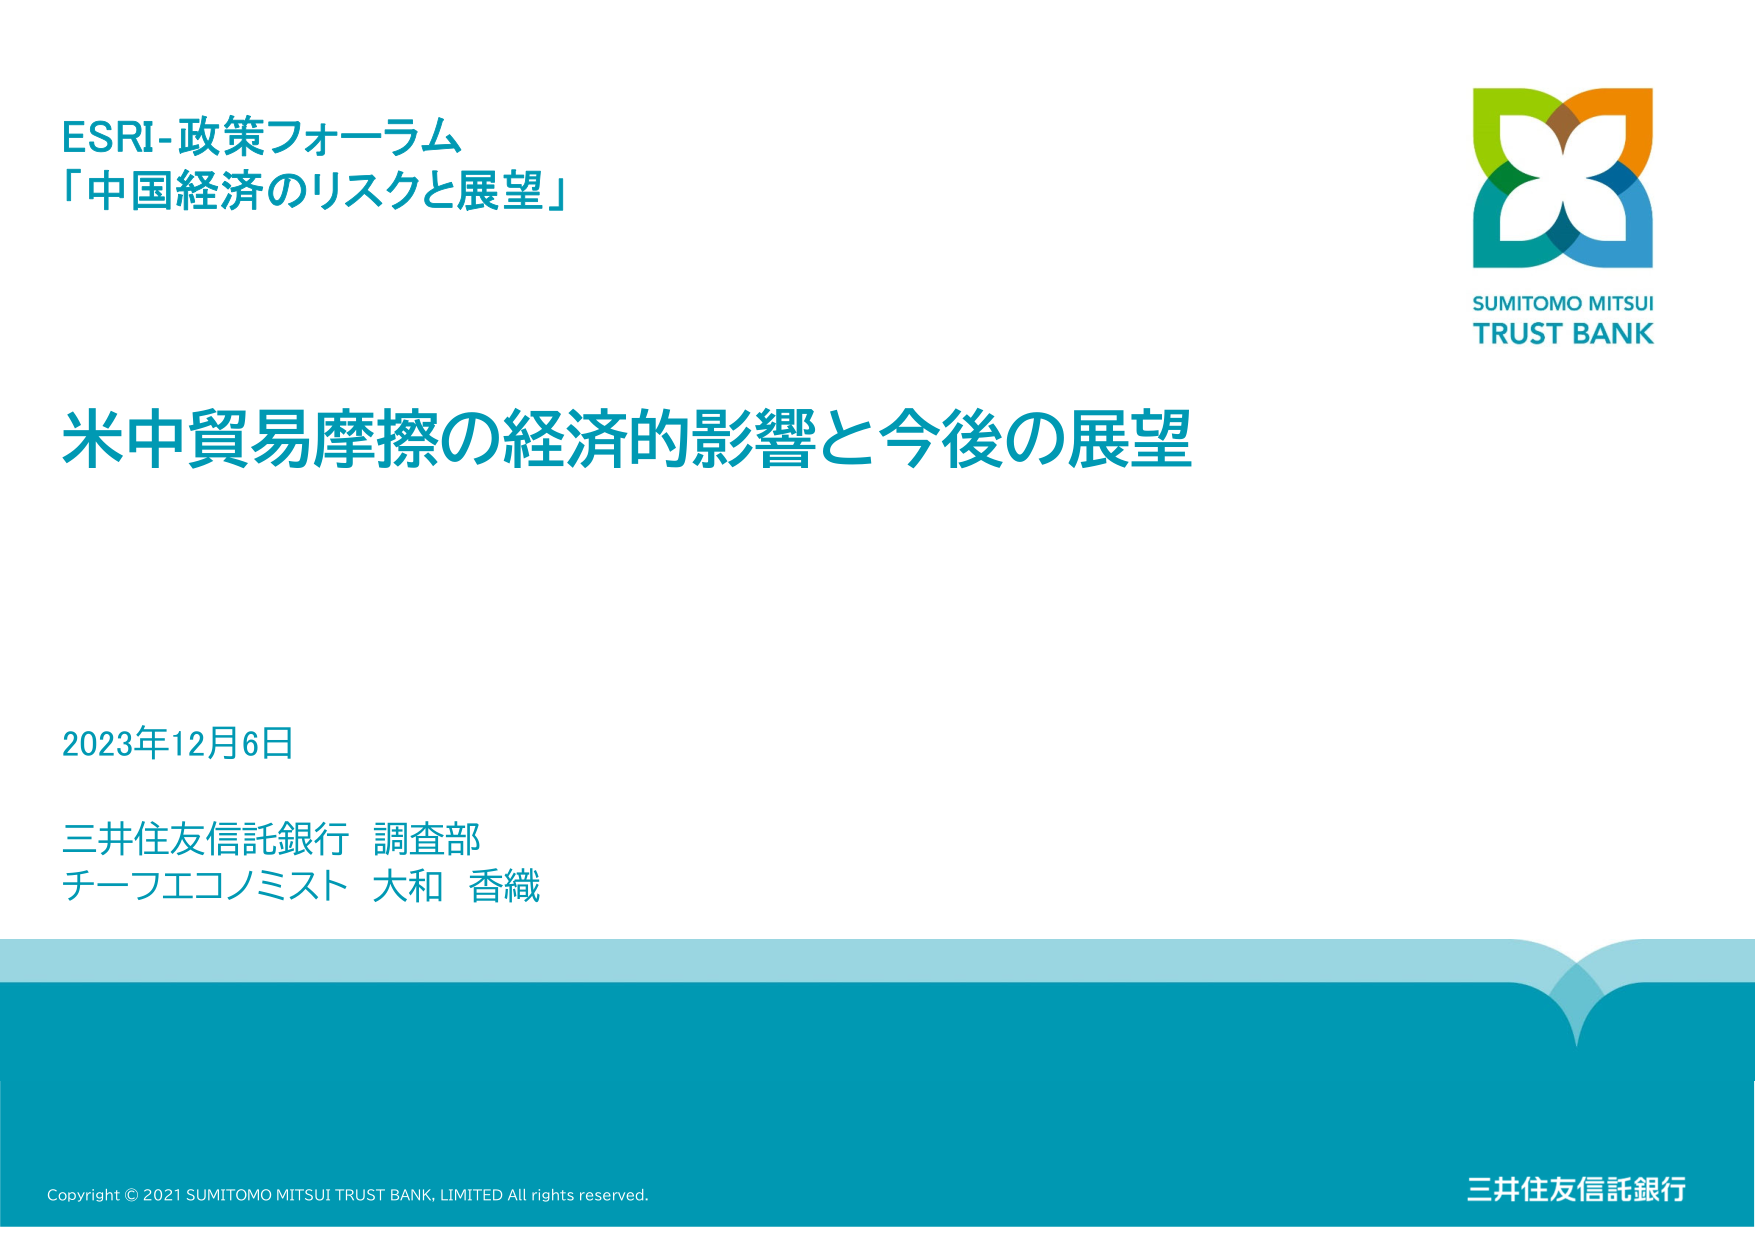
ESRI-政策フォーラム
「中国経済のリスクと展望」

米中貿易摩擦の経済的影響と今後の展望

2023年12月6日

三井住友信託銀行 調査部
チーフエコノミスト 大和 香織

SUMITOMO MITSUI
TRUST BANK

Copyright © 2021 SUMITOMO MITSUI TRUST BANK, LIMITED All rights reserved.

三井住友信託銀行